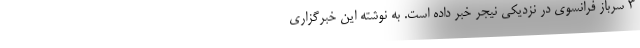
۳ سرباز فرانسوی در نزدیکی نیجر خبر داده است. به نوشته این خبرگزاری